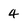
Character: 4